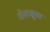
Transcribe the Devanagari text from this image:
वॅस्टब्रुक